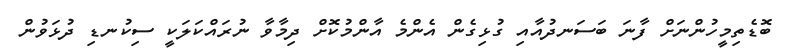
ބޮޑެތިމީހުންނަށް ފާނަ ބަސަނދުއާއި ގުޅިގެން އެންމެ އާންމުކޮށް ދިމާވާ ނުރައްކަލަކީ ސިކުނޑި ދުޅަވުން